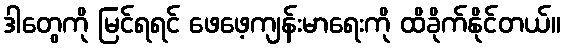
ဒါတွေကို မြင်ရရင် ဖေဖေ့ကျန်းမာရေးကို ထိခိုက်နိုင်တယ်။